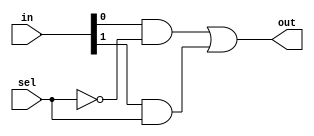
// A pure structural 2x1 multiplexer

module mux2to1(out, in, sel);
	input [1:0] in;
	input sel;
	output out;

	wire t1, t2, t3;

	not G1 (t1, sel);
	and G2 (t2, in[0], t1);
	and G3 (t3, in[1], sel);
	or G4 (out, t2, t3);
endmodule